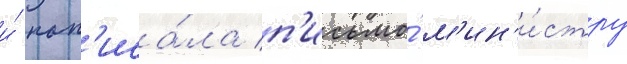
и́ нап'иса́ла п'исьмо́ м'ин'и́стру